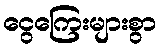
ငွေကြေးများစွာ